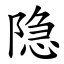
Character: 隐